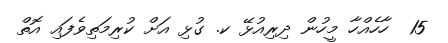
15  ހާހެއްހާ މީހުން ދިރިއުޅޭ ކ. ގުޅި އަށް ކުރިމަތިވެފައި އޮތް